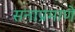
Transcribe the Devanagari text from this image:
सनाप्रमाणे